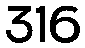
316